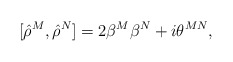
\begin{align*}[{\hat\rho}^M,{\hat\rho}^N]=2\beta^M\beta^N+i\theta^{MN},\end{align*}